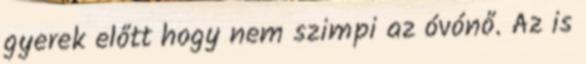
gyerek előtt hogy nem szimpi az óvónő. Az is